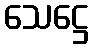
သေဋ္ဌေ